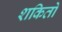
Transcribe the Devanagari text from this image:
शकितो